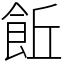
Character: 𩚨